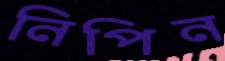
নিপিন